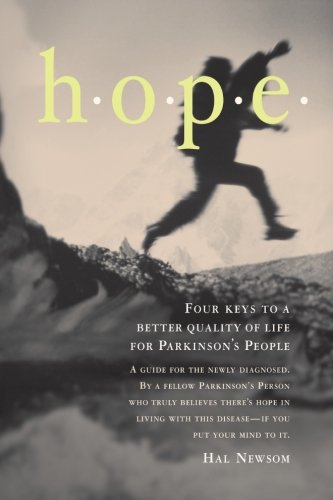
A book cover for HOPE: Four Keys to a Better Quality of Life for Parkinson's People; Mr. Hal Newsom; Health, Fitness & Dieting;